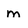
Character: m